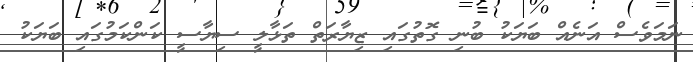
ނަމަވެސް އަނެއް ބަޔަކު ބުނި ގޮތުގައި ޒިޔާރަތް ތަޅާލީ ސިޔާސީ ކަންކަމުގައި ބަޔަކު